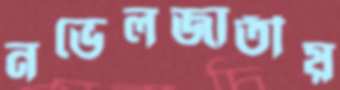
নভেলজাতীয়